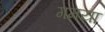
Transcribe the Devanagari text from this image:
गमया